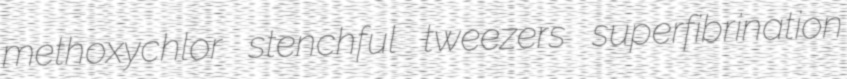
methoxychlor stenchful tweezers superfibrination